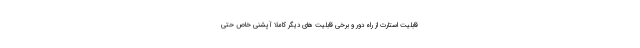
قابلیت استارت از راه دور و برخی قابلیت های دیگر کاملا آپشنی خاص حتی